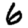
Digit: 6